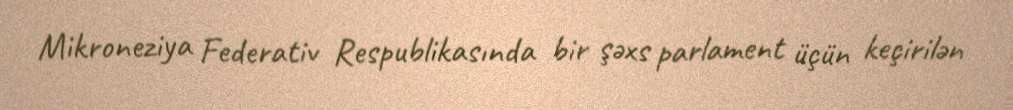
Mikroneziya Federativ Respublikasında bir şəxs parlament üçün keçirilən